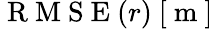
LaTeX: \mathrm{~R~M~S~E~}(r)~[\mathrm{~m~}]